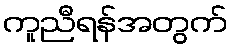
ကူညီရန်အတွက်